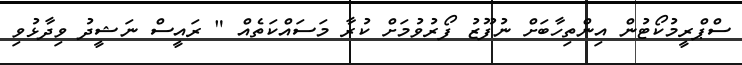
ސްޕްރީމުކޯޓުން އިންތިހާބަށް ނުފޫޒު ފޯރުވުމަށް ކުރާ މަސައްކަތެއް " ރައީސް ނަޝީދު ވިދާޅުވި